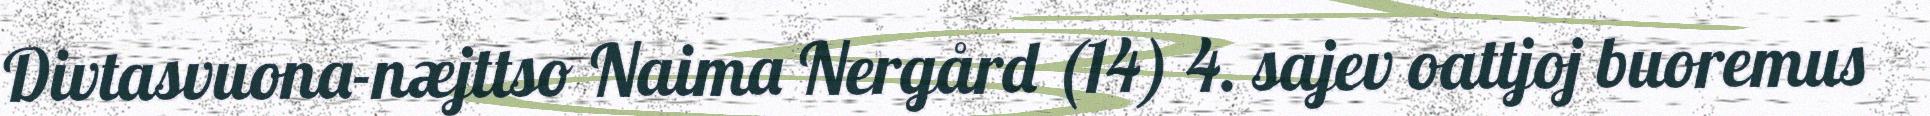
Divtasvuona-næjttso Naima Nergård (14) 4. sajev oattjoj buoremus